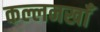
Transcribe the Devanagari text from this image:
कल्लनखाँ